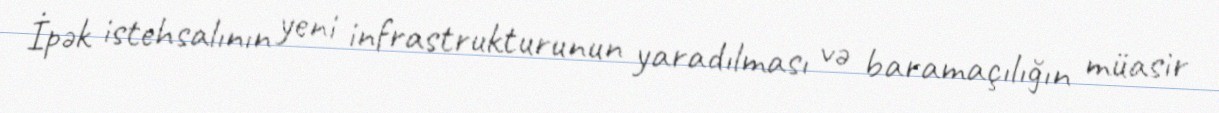
İpək istehsalının yeni infrastrukturunun yaradılması və baramaçılığın müasir